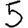
Digit: 5